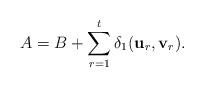
LaTeX: \begin{align*} A = B + \sum_{r=1}^t \delta_1(\mathbf{u}_r, \mathbf{v}_r).\end{align*}